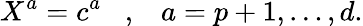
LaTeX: X^{a}=c^{a}\; \; \; ,\; \; \; a=p+1,\ldots,d.